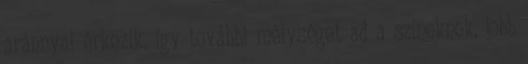
aránnyal érkezik, így további mélységet ad a színeknek, jobb